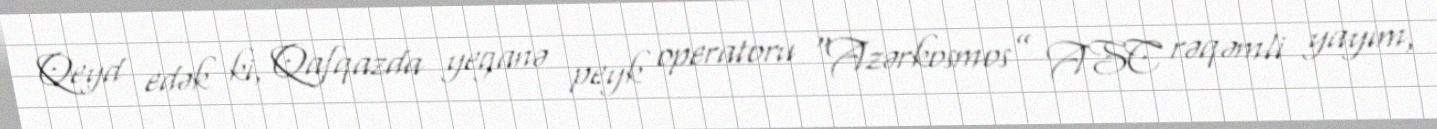
Qeyd edək ki, Qafqazda yeganə peyk operatoru “Azərkosmos” ASC rəqəmli yayım,